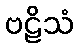
ဗဠိသံ